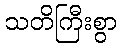
သတိကြီးစွာ